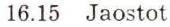
16.15 Jaostot